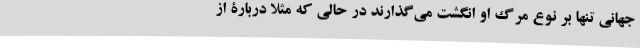
جهانی تنها بر نوع مرگ او انگشت می‌گذارند در حالی که مثلا دربارۀ از